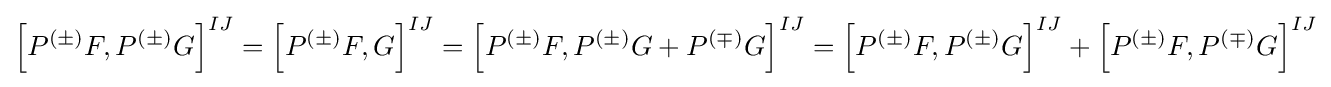
\left[P^{(\pm )}F,P^{(\pm )}G\right]^{IJ}=\left[P^{(\pm )}F,G\right]^{IJ}=\left[P^{(\pm )}F,P^{(\pm )}G+P^{(\mp )}G\right]^{IJ}=\left[P^{(\pm )}F,P^{(\pm )}G\right]^{IJ}+\left[P^{(\pm )}F,P^{(\mp )}G\right]^{IJ}